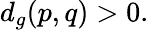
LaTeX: d_{g}(p,q)>0.